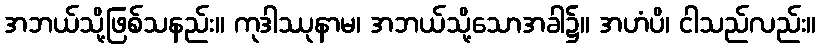
အဘယ်သို့ဖြစ်သနည်း။ ကုဒါဿုနာမ၊ အဘယ်သို့သောအခါ၌။ အဟံပိ၊ ငါသည်လည်း။